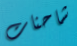
شاحنات